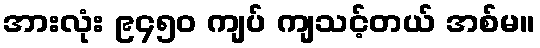
အားလုံး ၉၄၅၀ ကျပ် ကျသင့်တယ် အစ်မ။